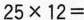
$$2 5 \times 1 2 =$$